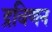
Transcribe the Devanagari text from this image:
द्रविणन